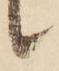
候